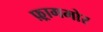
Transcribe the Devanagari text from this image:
फ़्रागमोर